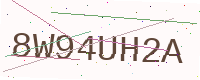
Text: 8W94UH2A